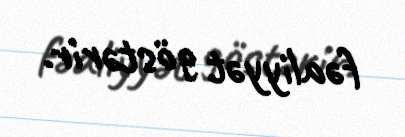
fəaliyyət göstərir.